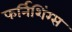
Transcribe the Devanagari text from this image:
फर्निशिंग्स